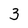
Character: 3